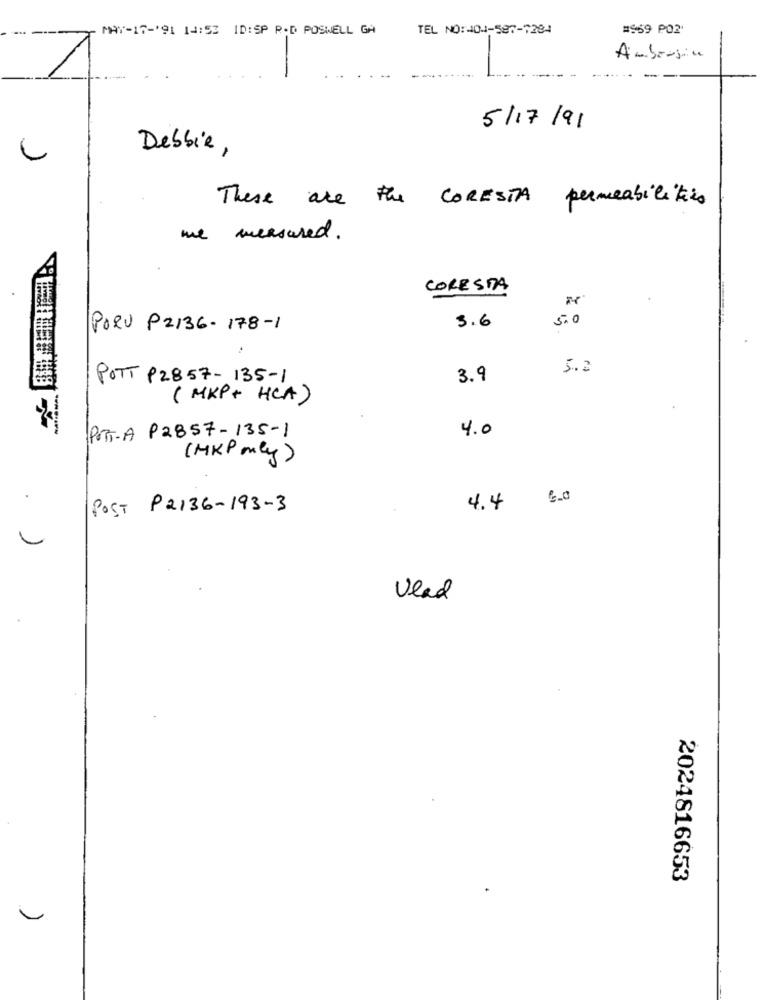
MAY-17-191 14:53 ID:SP P.D POSWELL GA
TEL NO:404-587-7284
#969 PO2'
Ambrosia
5/17/91
Debbie,
These are the
CORESTA
permeabilitàis
me measured.
CORESDA
5.0
PORU P2136- 178-1
3.6
5.2
POTT P2857-135-1
3.9
( MKP + HCA)
4.0
PTT-A P2857-135-1
(HKP may)
.
POST P2136-193-3
4.4
Vlad
2024816653